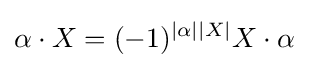
\alpha \cdot X=(-1)^{|\alpha ||X|}X\cdot \alpha